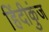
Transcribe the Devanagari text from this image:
हिंदीकुंज